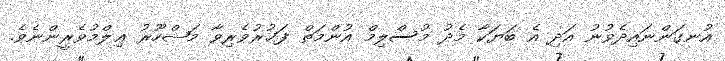
އުނގަންނައިދެވުނު އަދި އެ ބަޔަކާ މެދު މުސްލިމް އުންމަތް ފަޚުރުވެރިވާ މަޝްހޫރު ޢިލްމުވެރީންނެވެ.